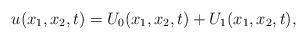
LaTeX: \begin{align*} u(x_1,x_2,t)= U_0(x_1,x_2,t) + U_1(x_1,x_2,t), \end{align*}